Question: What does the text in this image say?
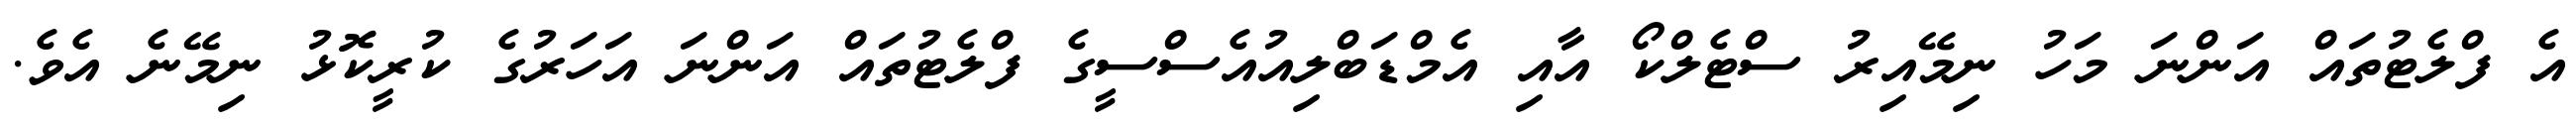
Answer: އެ ފްލެޓުތައް އަންނަ މަހު ނިމޭއިރު ސްޓެލްކޯ އާއި އެމްޑަބްލިއުއެސްސީގެ ފްލެޓުތައް އަންނަ އަހަރުގެ ކުރީކޮޅު ނިމޭނެ އެވެ.